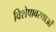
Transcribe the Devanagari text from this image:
विशेषावस्थाओं